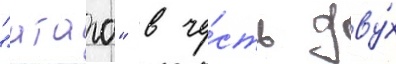
"атаго" в че́сть дву́х